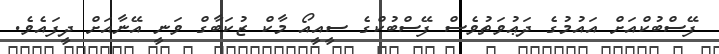
ފޭސްބުކްއަށް އައުމުގެ ދަޢުވަތުވެސް ފޭސްބުކްގެ ސީއީއޯ މާކް ޒުކަބާގް ވަނީ އޭނާއަށް ދީފައެވެ.